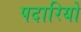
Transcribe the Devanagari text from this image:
पदारियों